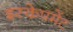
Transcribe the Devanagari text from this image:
इस्केपमेंट